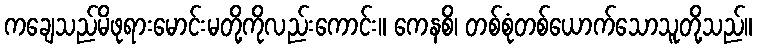
ကချေသည်မိဖုရားမောင်းမတို့ကိုလည်းကောင်း။ ကေနစိ၊ တစ်စုံတစ်ယောက်သောသူတို့သည်။